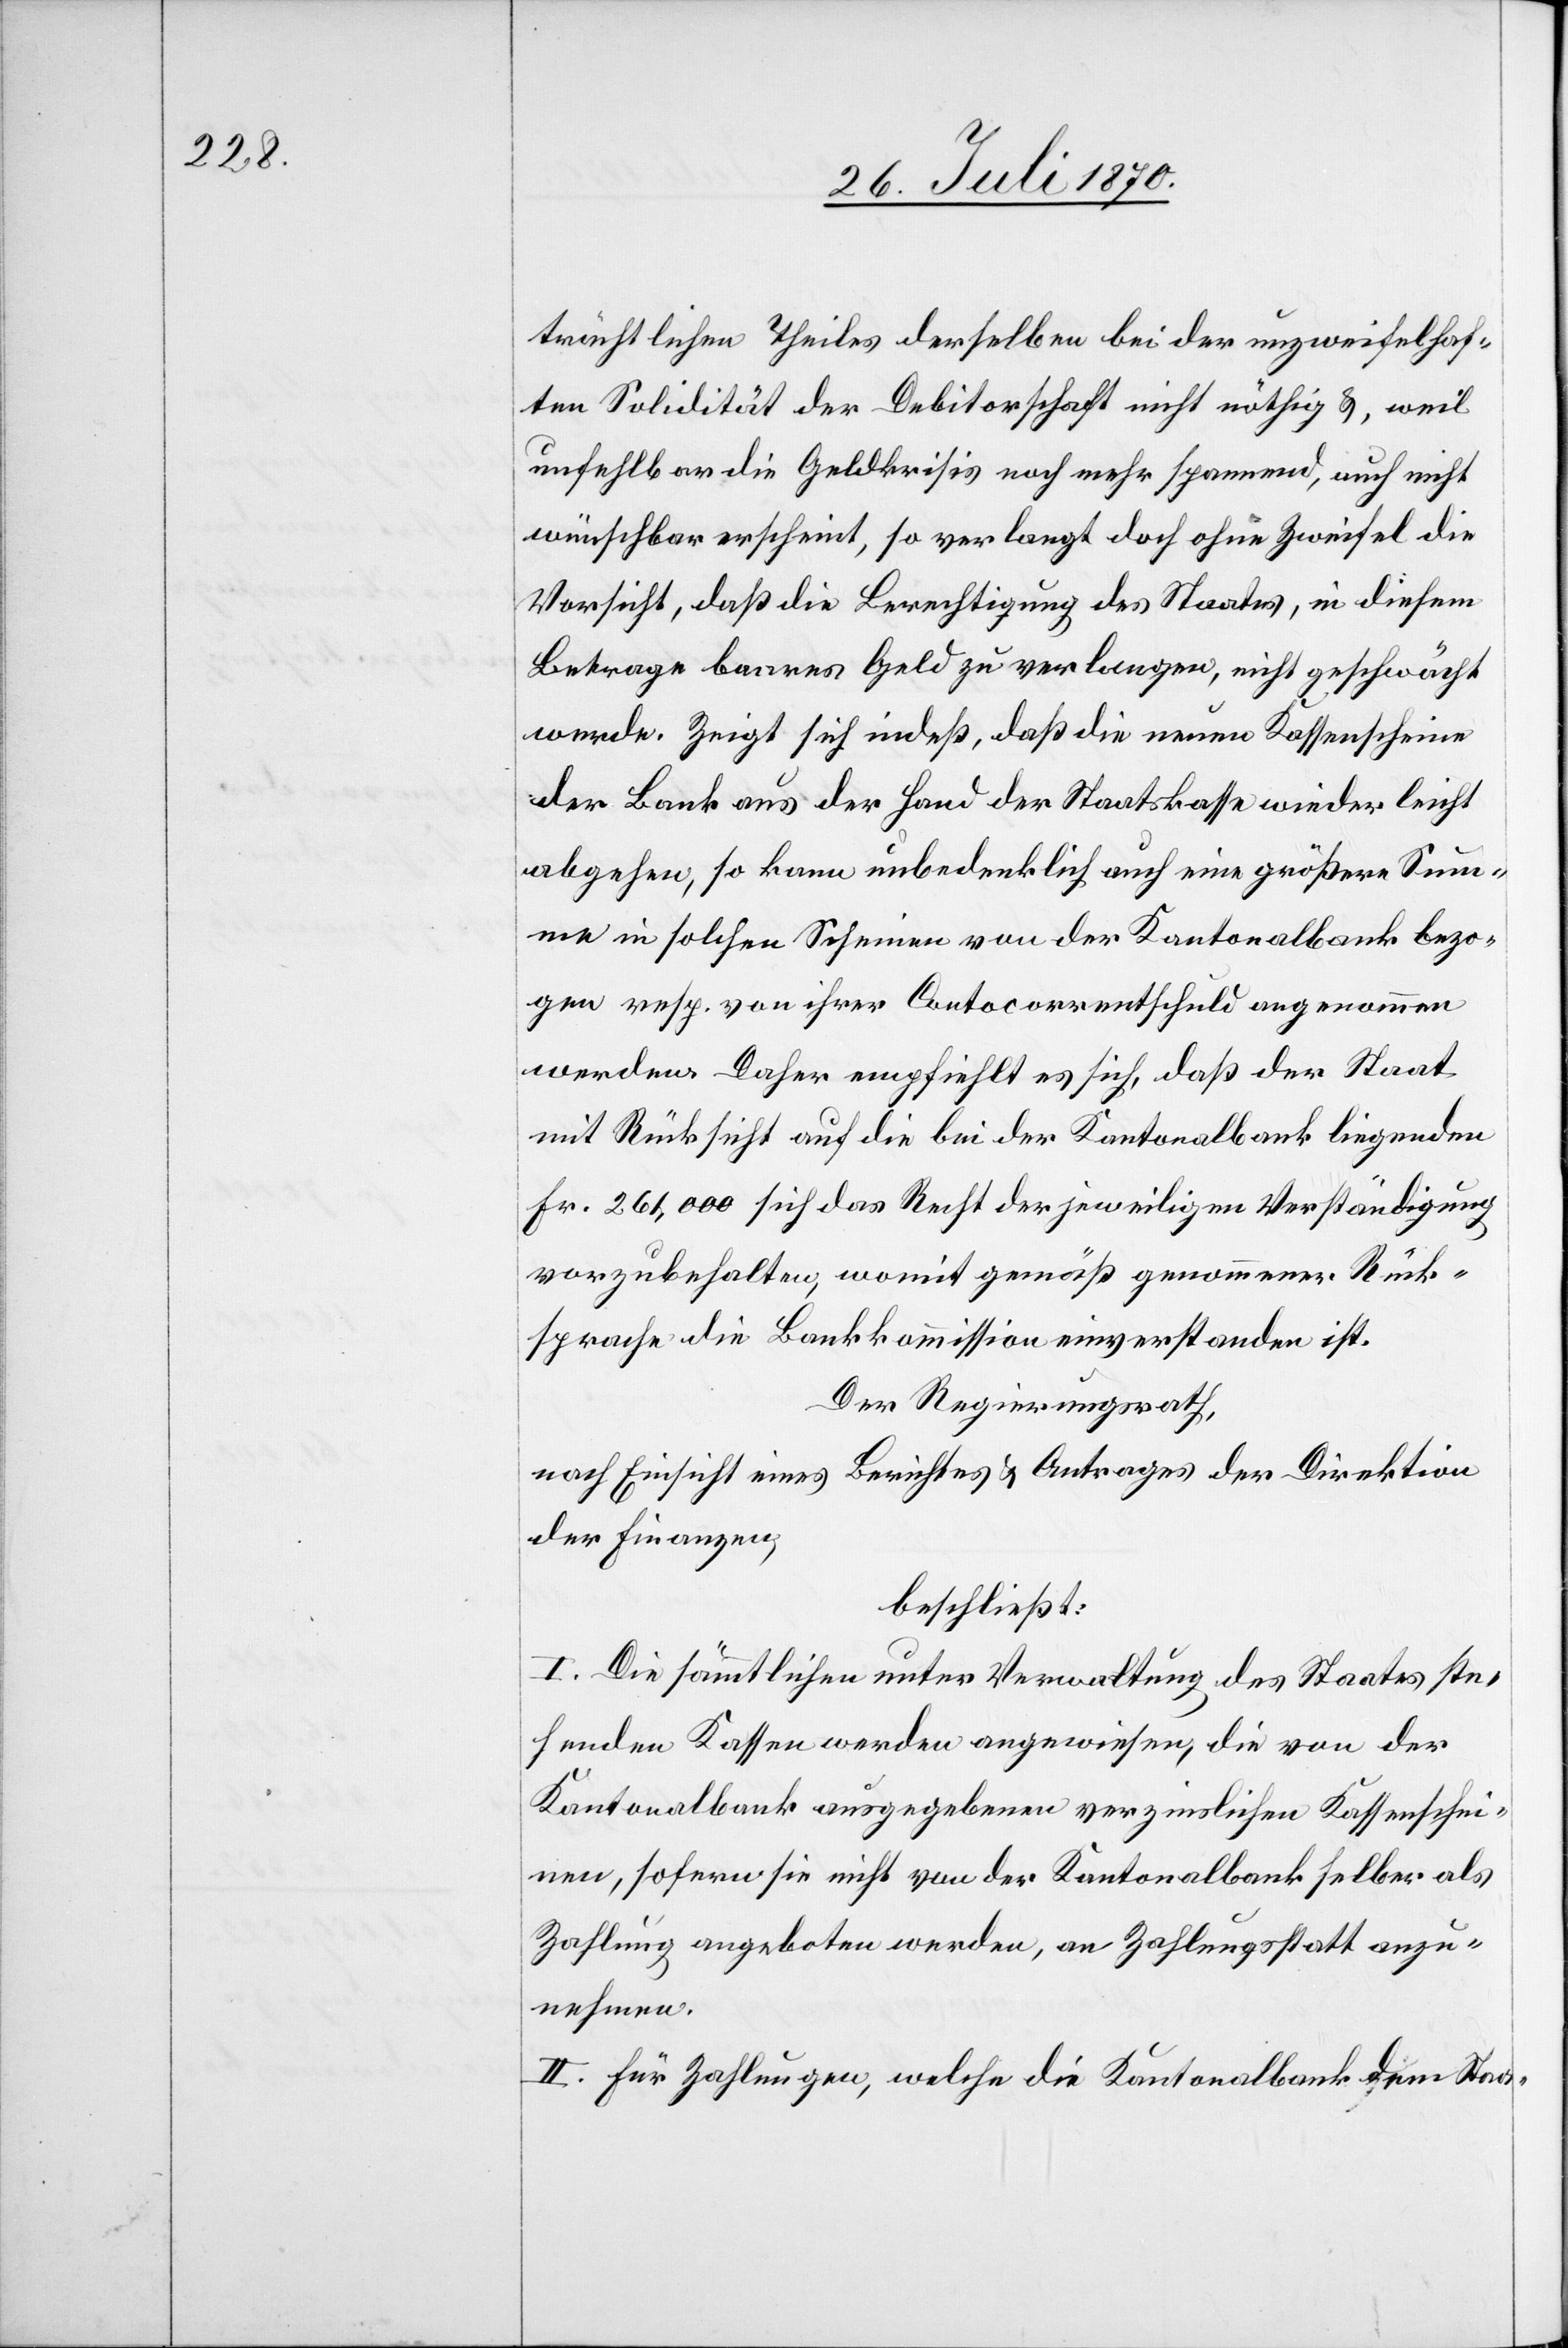
trächtlichen Theiles derselben bei der unzweifelhaf¬
ten Solidität der Debitorschaft nicht nöthig &, weil
unfehlbar die Geldkrisis noch mehr spannend, auch nicht
wünschbar erscheint, so verlangt doch ohne Zweifel die
Vorsicht, daß die Berechtigung des Staates, in diesem
Betrage baares Geld zu verlangen, nicht geschwächt
werde. Zeigt sich indeß, daß die neuen Kassenscheine
der Bank aus der Hand der Staatskasse wieder leicht
abgehen, so kann unbedenklich auch eine größere Sum¬
me in solchen Scheinen von der Kantonalbank bezo¬
gen resp. von ihrer Contocorrentschuld angenommen
werden. Daher empfiehlt es sich, daß der Staat
mit Rücksicht auf die beider Kantonalbank liegenden
Fr. 261,000 sich das Recht der jeweiligen Verständigung
vorzubehalten, womit gemäß genommener Rück¬
sprache die Bankkommission einverstanden ist.
Der Regierungsrath,
nach Einsicht eines Berichtes & Antrages der Direktion
der Finanzen,
beschließt:
I. Die sämmtlichen unter Verwaltung des Staates ste¬
henden Kassen werden angewiesen, die von der
Zahlung angeboten werden, an Zahlungsstatt anzu¬
nehmen.
II. Für Zahlungen, welche die Kantonalbank dem Staa-